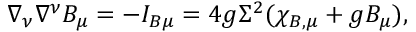
\nabla _ { \nu } \nabla ^ { \nu } B _ { \mu } = - I _ { B \mu } = 4 g \Sigma ^ { 2 } ( \chi _ { B , \mu } + g B _ { \mu } ) ,